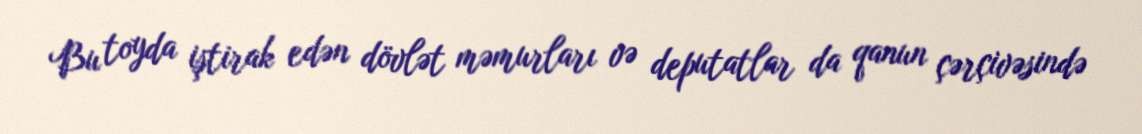
Bu toyda iştirak edən dövlət məmurları və deputatlar da qanun çərçivəsində